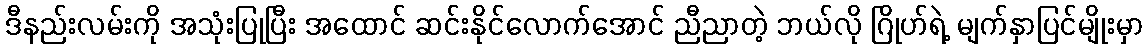
ဒီနည်းလမ်းကို အသုံးပြုပြီး အထောင် ဆင်းနိုင်လောက်အောင် ညီညာတဲ့ ဘယ်လို ဂြိုဟ်ရဲ့ မျက်နှာပြင်မျိုးမှာ